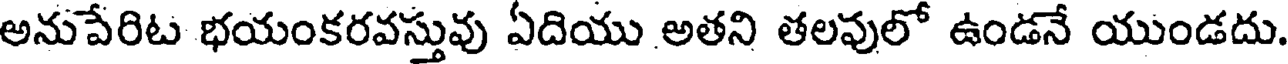
అనుపేరిట భయంకరవస్తువు ఏదియు అతని తలపులో ఉండనే యుండదు.